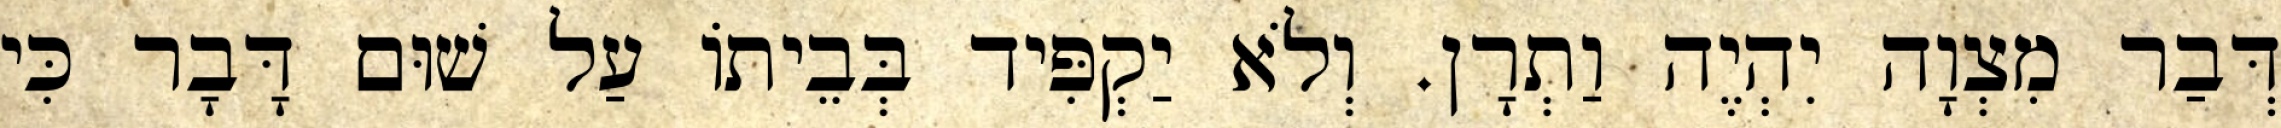
דְּבַר מִצְוָה יִהְיֶה וַתְרָן. וְלֹא יַקְפִּיד בְּבֵיתוֹ עַל שׁוּם דָּבָר כִּי